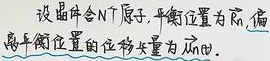
设晶体含\(N\)个原子，平衡位置为\(\vec{R_n}\)，偏离平衡位置的位移矢量为\(\vec{u_{n\alpha}}\)。